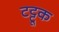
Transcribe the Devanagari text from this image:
टट्टूक